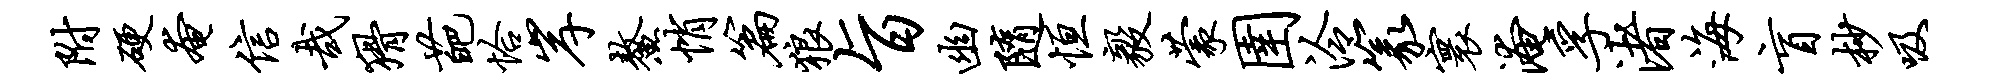
附硬奄信哉猾葩恰岸鳌悄篇狼旨幽随恒毅蒙圉泠篆寰淹孚渚海盲杪吸